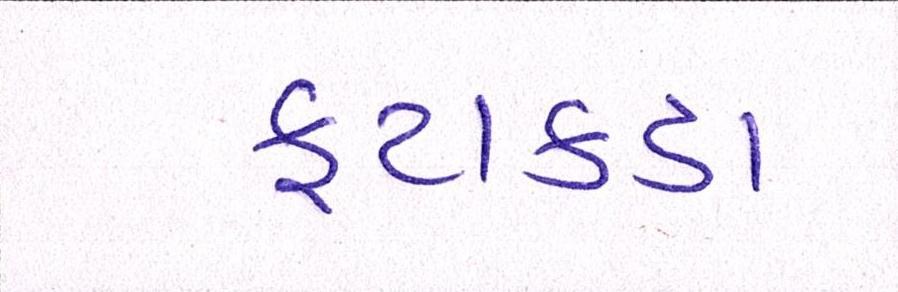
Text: ફટાકડા